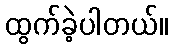
ထွက်ခဲ့ပါတယ်။